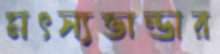
মৎস্যভান্ডার